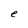
Character: e